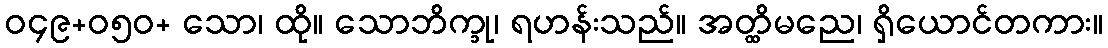
ဝ၄၉+ဝ၅၀+ သော၊ ထို။ သောဘိက္ခု၊ ရဟန်းသည်။ အတ္ထိမညေ၊ ရှိယောင်တကား။